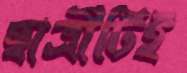
ছাত্রীটিই